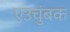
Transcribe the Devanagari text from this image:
एउचुंबक